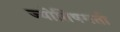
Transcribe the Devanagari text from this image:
ज्योतिषमती